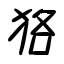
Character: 狢